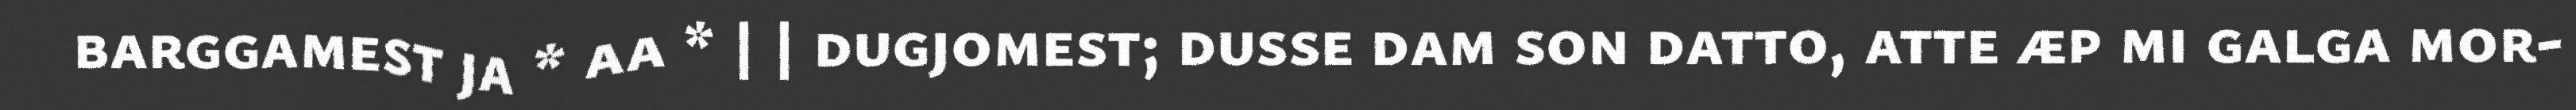
barggamest ja * aa * | | dugjomest; dusse dam son datto, atte æp mi galga mor-